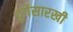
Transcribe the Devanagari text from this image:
दुर्गेसारखी